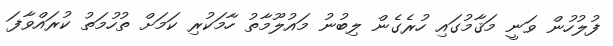
ފުލުހުން ވަނީ މަޤާމުގައި ހުރެގެން ލިބުނު މައުލޫމާތު ހާމަކުރި ކަމަށް ތުހުމަތު ކުރައްވާފަ